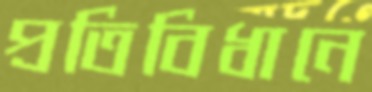
প্রতিবিধানে